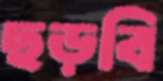
ছড়বি